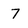
Character: 4